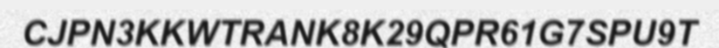
CJPN3KKWTRANK8K29QPR61G7SPU9T